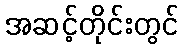
အဆင့်တိုင်းတွင်